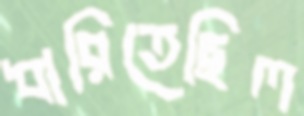
ধারিতেছিল